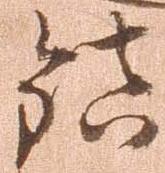
鎮